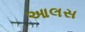
આલસ